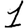
Digit: 1